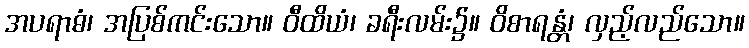
အပရာဓံ၊ အပြစ်ကင်းသော။ ဝီထိယံ၊ ခရီးလမ်း၌။ ဝိစာရန္တံ၊ လှည့်လည်သော။